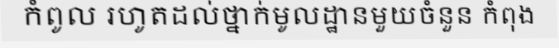
កំពូល រហូតដល់ថ្នាក់មូលដ្ឋានមួយចំនួន កំពុង